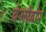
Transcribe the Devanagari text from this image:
वेजीब्रोर